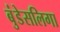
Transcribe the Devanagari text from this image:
बुंडेसलिगा